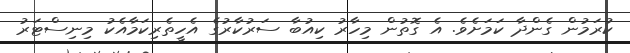
ކުރަމުން ގެންދާ ކަމަށެވެ. އެ ގޮތުން މިހާރު ކިއުބާ ސަރުކާރުގެ އެހީތެރިކަމާއެކު މިނިސްޓަރު